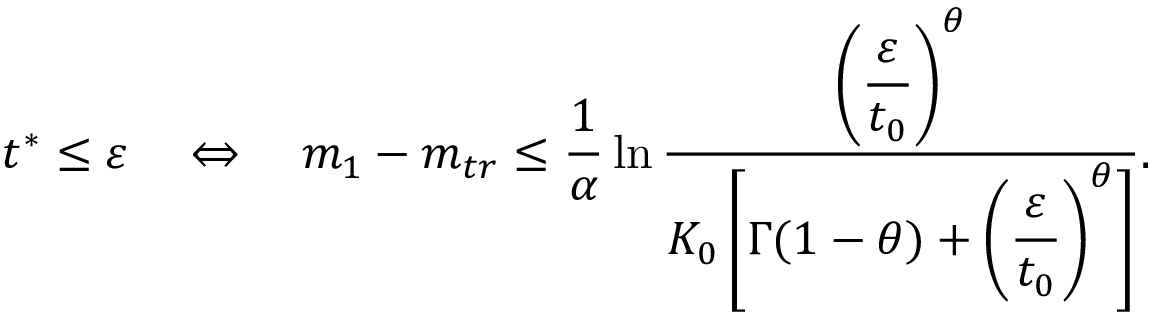
t ^ { * } \le \varepsilon \quad \Leftrightarrow \quad m _ { 1 } - m _ { t r } \le \frac { 1 } { \alpha } \ln \frac { \displaystyle \left( \frac { \varepsilon } { t _ { 0 } } \right) ^ { \theta } } { K _ { 0 } \left[ \Gamma ( 1 - \theta ) + \displaystyle \left( \frac { \varepsilon } { t _ { 0 } } \right) ^ { \theta } \right] } .